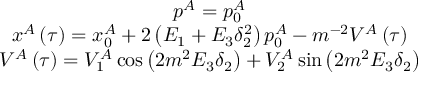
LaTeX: \begin{array} { c } { { p ^ { A } = p _ { 0 } ^ { A } } } \\ { { x ^ { A } \left( \tau \right) = x _ { 0 } ^ { A } + 2 \left( E _ { 1 } + E _ { 3 } \delta _ { 2 } ^ { 2 } \right) p _ { 0 } ^ { A } - m ^ { - 2 } V ^ { A } \left( \tau \right) } } \\ { { V ^ { A } \left( \tau \right) = V _ { 1 } ^ { A } \cos \left( 2 m ^ { 2 } E _ { 3 } \delta _ { 2 } \right) + V _ { 2 } ^ { A } \sin \left( 2 m ^ { 2 } E _ { 3 } \delta _ { 2 } \right) } } \end{array}